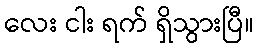
လေး ငါး ရက် ရှိသွားပြီ။